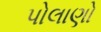
પોલાણો